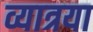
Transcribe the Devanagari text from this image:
व्यात्रया